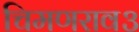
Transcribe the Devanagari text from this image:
चिमणराव३